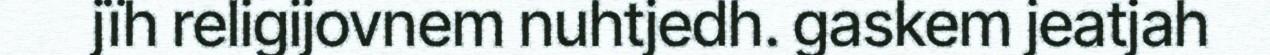
jïh religijovnem nuhtjedh. gaskem jeatjah